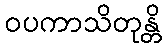
ဝပကာသိတုန္တိ